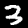
Digit: 3